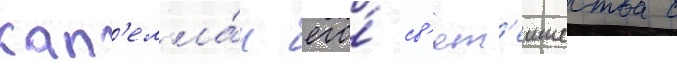
Кап'елла́н его́ св'ят'еишества с